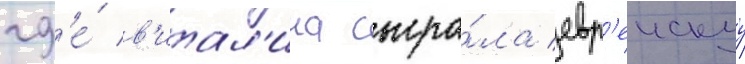
гд'е́ в'итал'ина сыгра́ла евр'еискуу